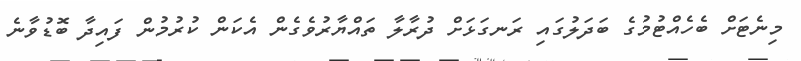
މިނެޓަށް ބެހެއްޓުމުގެ ބަދަލުގައި ރަނގަޅަށް ދުރާލާ ތައްޔާރުވެގެން އެކަން ކުރުމުން ފައިދާ ބޮޑުވާނެ